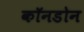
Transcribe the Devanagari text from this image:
कॉनडोन